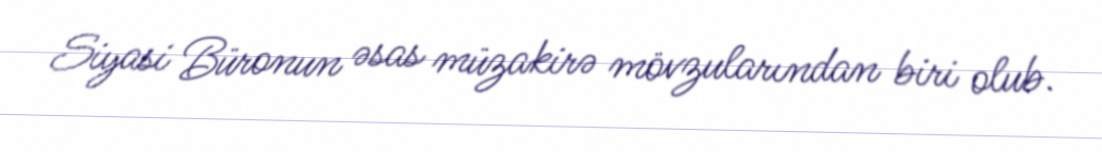
Siyasi Büronun əsas müzakirə mövzularından biri olub.